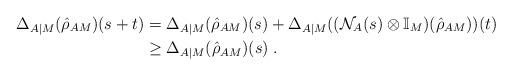
LaTeX: \begin{align*}\Delta_{A|M}(\hat{\rho}_{AM})(s+t) &= \Delta_{A|M}(\hat{\rho}_{AM})(s) + \Delta_{A|M}((\mathcal{N}_A(s)\otimes\mathbb{I}_M)(\hat{\rho}_{AM}))(t)\\&\ge \Delta_{A|M}(\hat{\rho}_{AM})(s)\;.\end{align*}